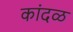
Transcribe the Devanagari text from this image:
कांदळ